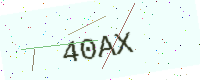
Text: 40AX